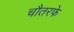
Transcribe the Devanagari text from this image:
चौतरफे